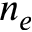
n _ { e }